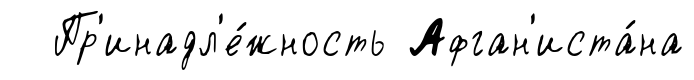
Пр'инадл'е́жность Афган'иста́на